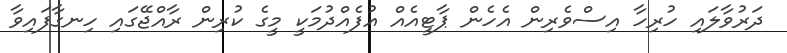
ދަރުވާލައި ހުރިހާ އިސްވެރިން އެހެން ޕާޓީއެއް އުފެއްދުމަކީ މީގެ ކުރިން ރާއްޖޭގައި ހިނގާފައިވާ